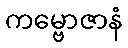
ကမ္ဗောဇာနံ